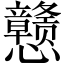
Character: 戆